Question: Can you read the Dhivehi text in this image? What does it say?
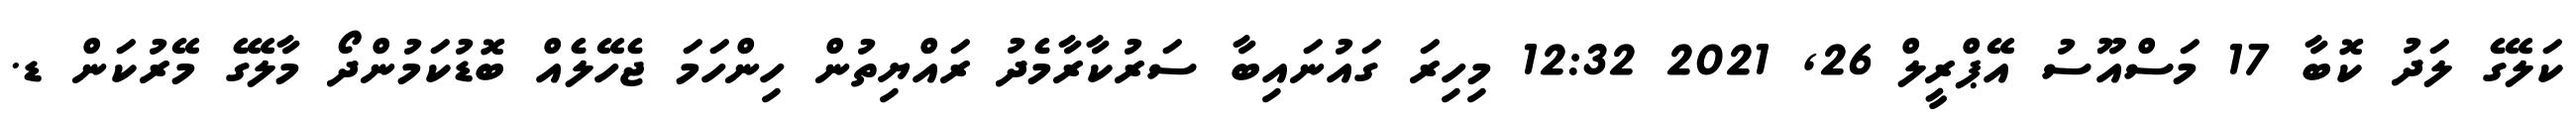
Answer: ކަލޭގެ ލަދު ކޮބާ 17 މަސްއޫސު އޭޕްރީލް 26, 2021 12:32 މިހިރަ ގައުނައިބާ ސަރުކާރާމެދު ރައްޔިތުން ހިންހަމަ ޖެހޭލެއް ބޮޑުކަމުންދޯ މާލޭގެ މޭރުކަން ޑ.